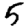
Digit: 5